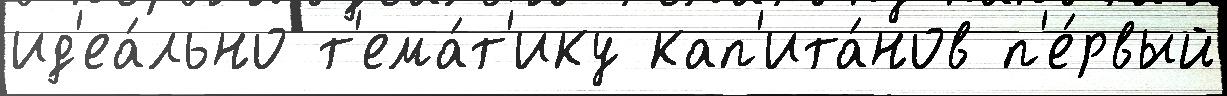
ид'еа́льно т'ема́т'ику кап'ита́нов п'е́рвый